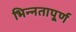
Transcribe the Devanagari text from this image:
भिन्‍नतापूर्ण